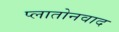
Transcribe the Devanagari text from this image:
प्लातोनवाद